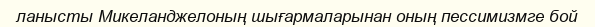
ланысты Микеланджелоның шығармаларынан оның пессимизмге бой